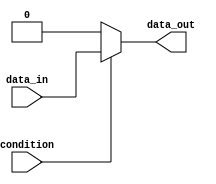
module if_else_statement (
    input wire condition,
    input wire data_in,
    output reg data_out
);

always @* begin
    if (condition) begin
        // Actions to perform when condition is true
        data_out = data_in;
    end else begin
        // Actions to perform when condition is false
        data_out = 0;
    end
end

endmodule